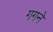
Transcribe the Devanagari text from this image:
गगने